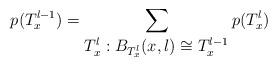
LaTeX: \begin{align*}p(T_x^{l-1})=\sum_{\displaystyle T_x^{l}: B_{T_x^{l}}(x,l)\cong T_x^{l-1}}p(T_x^{l})\end{align*}